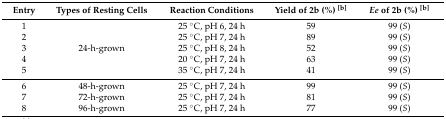
| Entry | Types of Resting Cells | Reaction Conditions | Yield of 2b (%) [b] | Ee of 2b (%) [b] |
 | --- | --- | --- | --- | --- |
 | 1 | <ROWSPAN=5> 24-h-grown | 25 °C, pH 6, 24 h | 59 | 99 (S) |
 | 2 | 25 °C, pH 7, 24 h | 89 | 99 (S) |
 | 3 | 25 °C, pH 8, 24 h | 52 | 99 (S) |
 | 4 | 20 °C, pH 7, 24 h | 63 | 99 (S) |
 | 5 | 35 °C, pH 7, 24 h | 41 | 99 (S) |
 | 6 | 48-h-grown | 25 °C, pH 7, 24 h | 99 | 99 (S) |
 | 7 | 72-h-grown | 25 °C, pH 7, 24 h | 81 | 99 (S) |
 | 8 | 96-h-grown | 25 °C, pH 7, 24 h | 77 | 99 (S) |